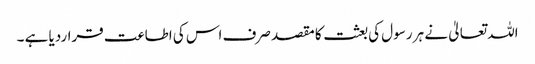
اللہ تعالیٰ نے ہر رسول کی بعثت کا مقصد صرف اس کی اطاعت قراردیا ہے ۔